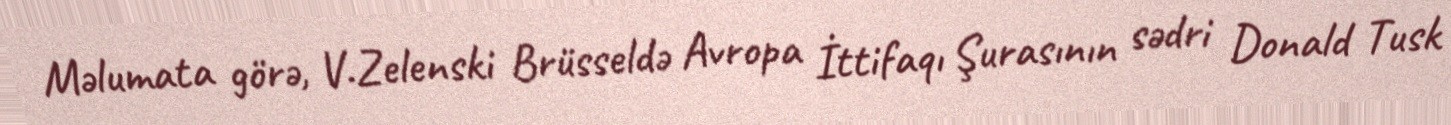
Məlumata görə, V.Zelenski Brüsseldə Avropa İttifaqı Şurasının sədri Donald Tusk